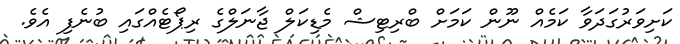
ކަށިވަރުގަދަވާ ކަމެއް ނޫން ކަމަށް ބްރިޓިޝް މެޑިކަލް ޖާނަލްގެ ރިޕޯޓެއްގައި ބުނެފި އެވެ.